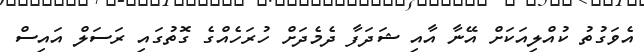
އެވަގުތު ކުއްލިއަކަށް އޭނާ އާއި ޝަދަފާ ދެމެދަށް ހުރަހެއްގެ ގޮތުގައި ރަސަލް އައިސް